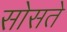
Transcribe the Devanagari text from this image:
सोसते